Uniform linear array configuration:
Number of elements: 24
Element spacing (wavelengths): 0.75
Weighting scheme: hann
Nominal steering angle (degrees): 60
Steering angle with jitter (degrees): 58.593
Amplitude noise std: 0.05
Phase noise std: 0.05

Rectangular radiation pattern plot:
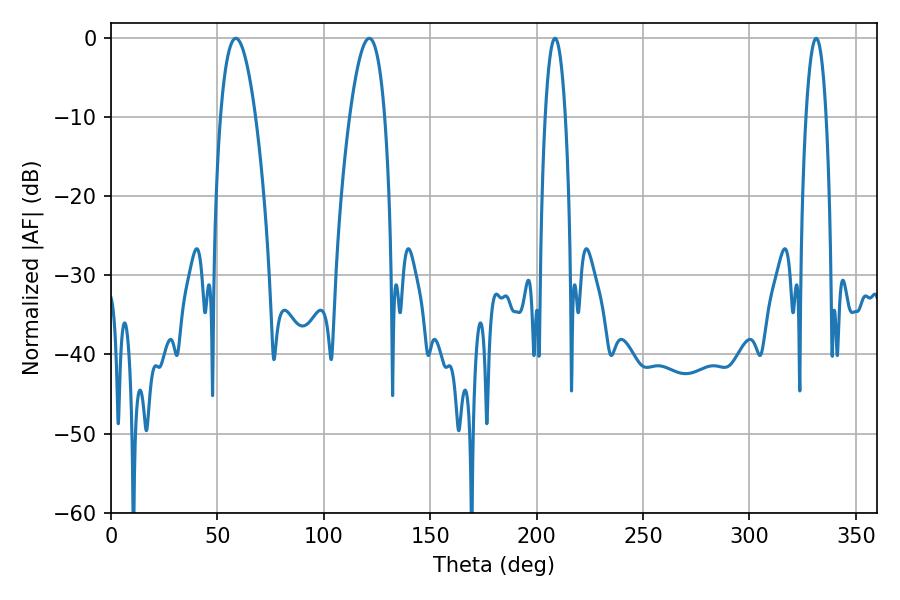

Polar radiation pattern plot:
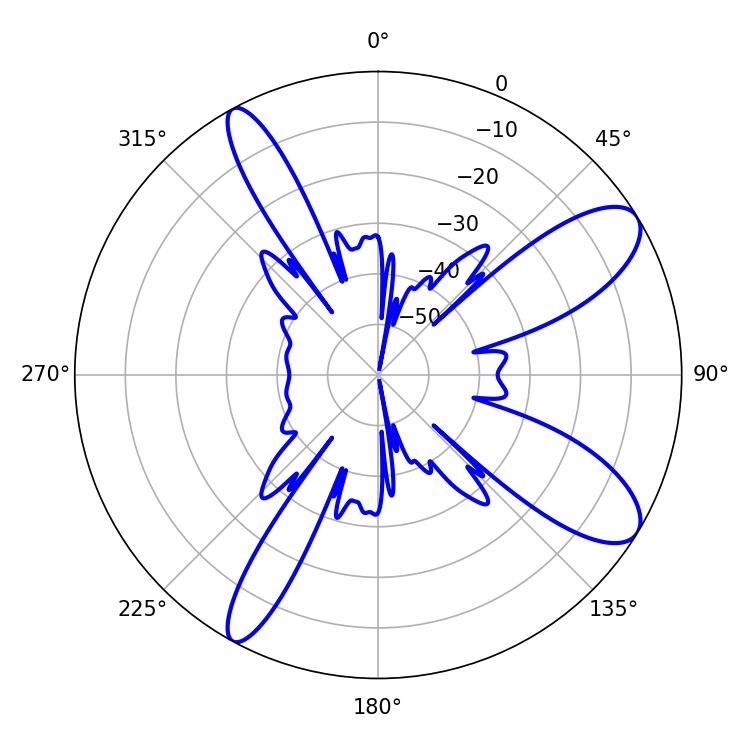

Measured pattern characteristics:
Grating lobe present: TRUE
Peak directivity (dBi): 10.067
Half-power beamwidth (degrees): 9.18
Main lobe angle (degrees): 58.68